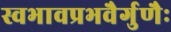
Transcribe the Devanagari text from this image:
स्वभावप्रभवैर्गुणैः